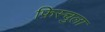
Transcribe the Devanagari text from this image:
फ़िस्चुला